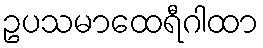
ဥပသမာထေရီဂါထာ